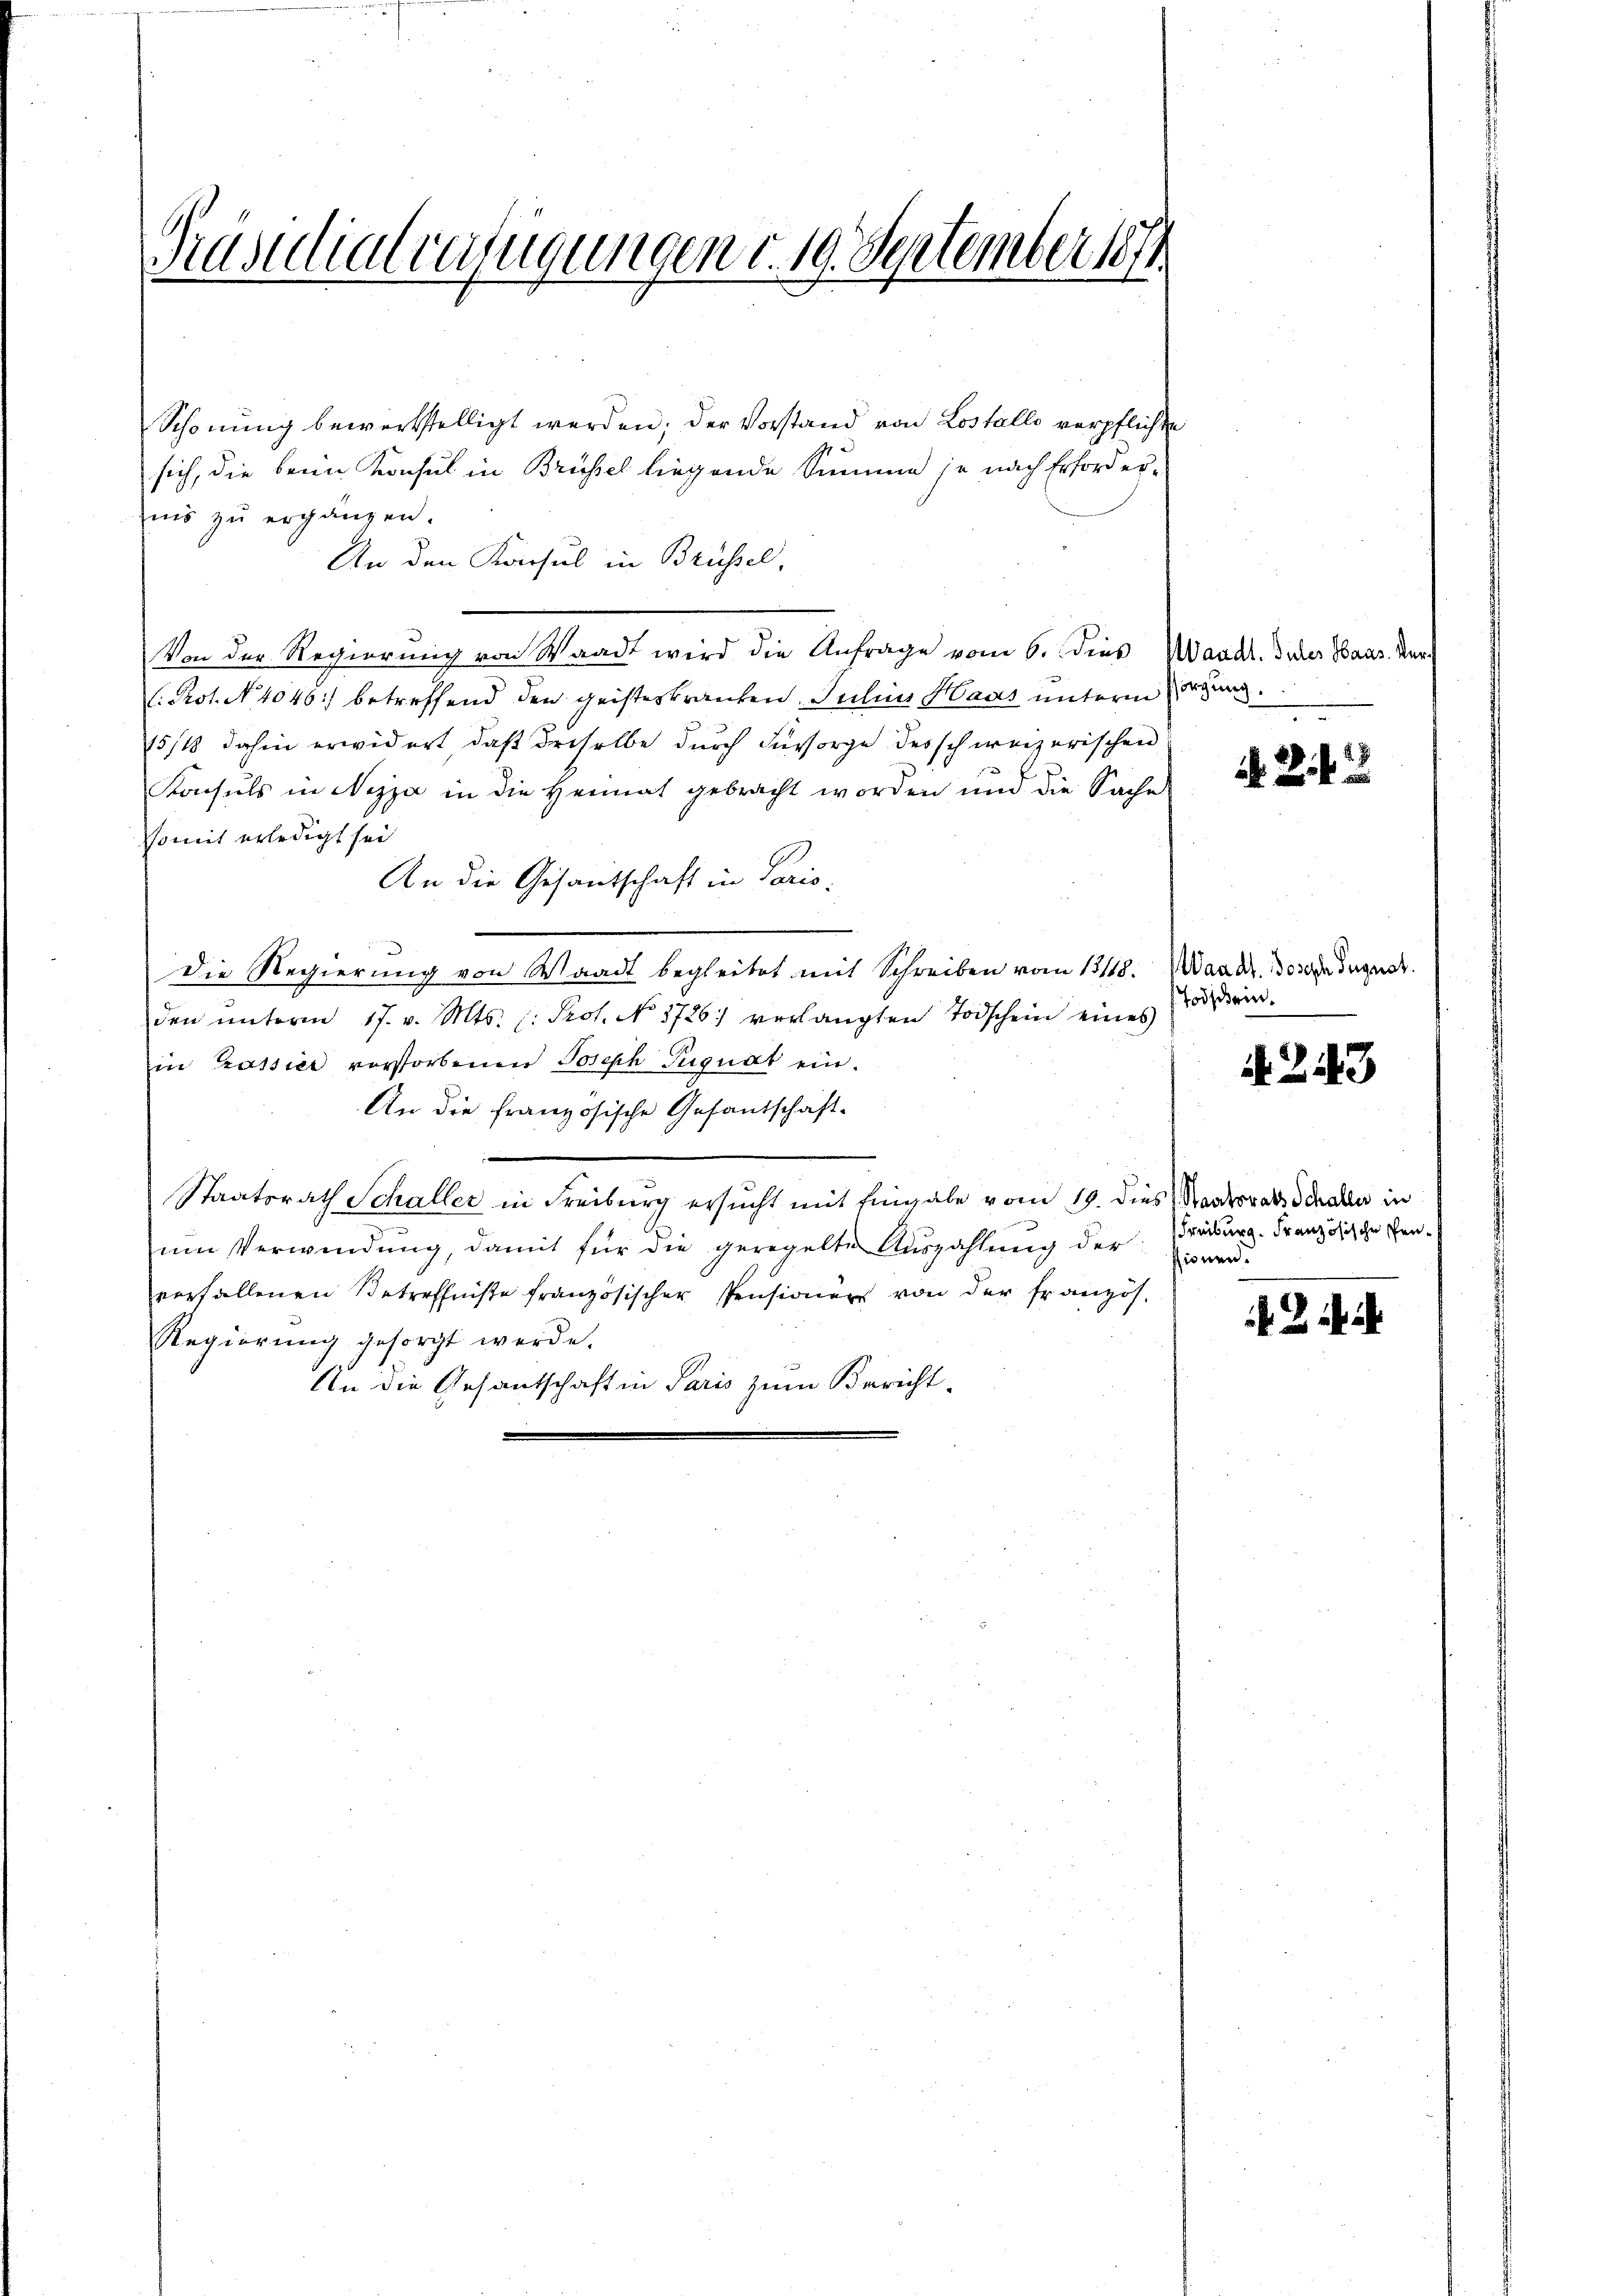
Präsidialverfügungen v. 19. September 1871

Schonung bewerkstelligt werden; der Vorstand von Lostallo verpflichte
sich, die beim Konsul in Brüssel liegende Summe je nach Erforderis zŭ ergänzen.
An den Konsul in Brüssel,
Von der Regierung von Waadt wird die Anfrage vom 6. Dies Waadt. Sicher Baar. Verl. Prot. N. 4046) betreffend den geisteskranken. Julius Haus unterm sorgung
115/18 dahin erwidert, daß derselbe durch Fürsorge des schweizerischen
Konsuls in Nizza in die Heimat gebracht worden und die Sache
somit erledigt sei
An die Gesantschaft in Paris.
Die Regierung von Waadt begleitet mit Schreiben vom 13/18. Mandr. Josen Juge
den ŭnterm 17. v. Mts. (: Prot. No. 1726) verlangten Todschein eines
in Prassier vorstorbenen Joseph Puguat ein¬
An die französische Gefantschaft-
Staatsrath Schaller in Freiburg ersucht mit Eingabe vom 19. dies Staatsrats Schalle in
um Verwendung, damit für die geregelte Auszahlung der Freiburg. Französische schen.
verfallenen Betreffnisse französischer Pensionen von der Französ.
Regierŭng gesorgt werde.
An die Gesandtschaft in Paris zum Bericht-

2 x

Todschein.

. 243

sionen.